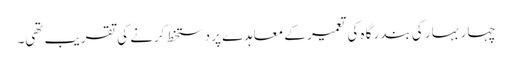
چہار بہار کی بندر گاہ کی تعمیر کے معاہدے پر دستخط کرنے کی تقریب تھی۔